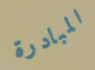
المبادرة